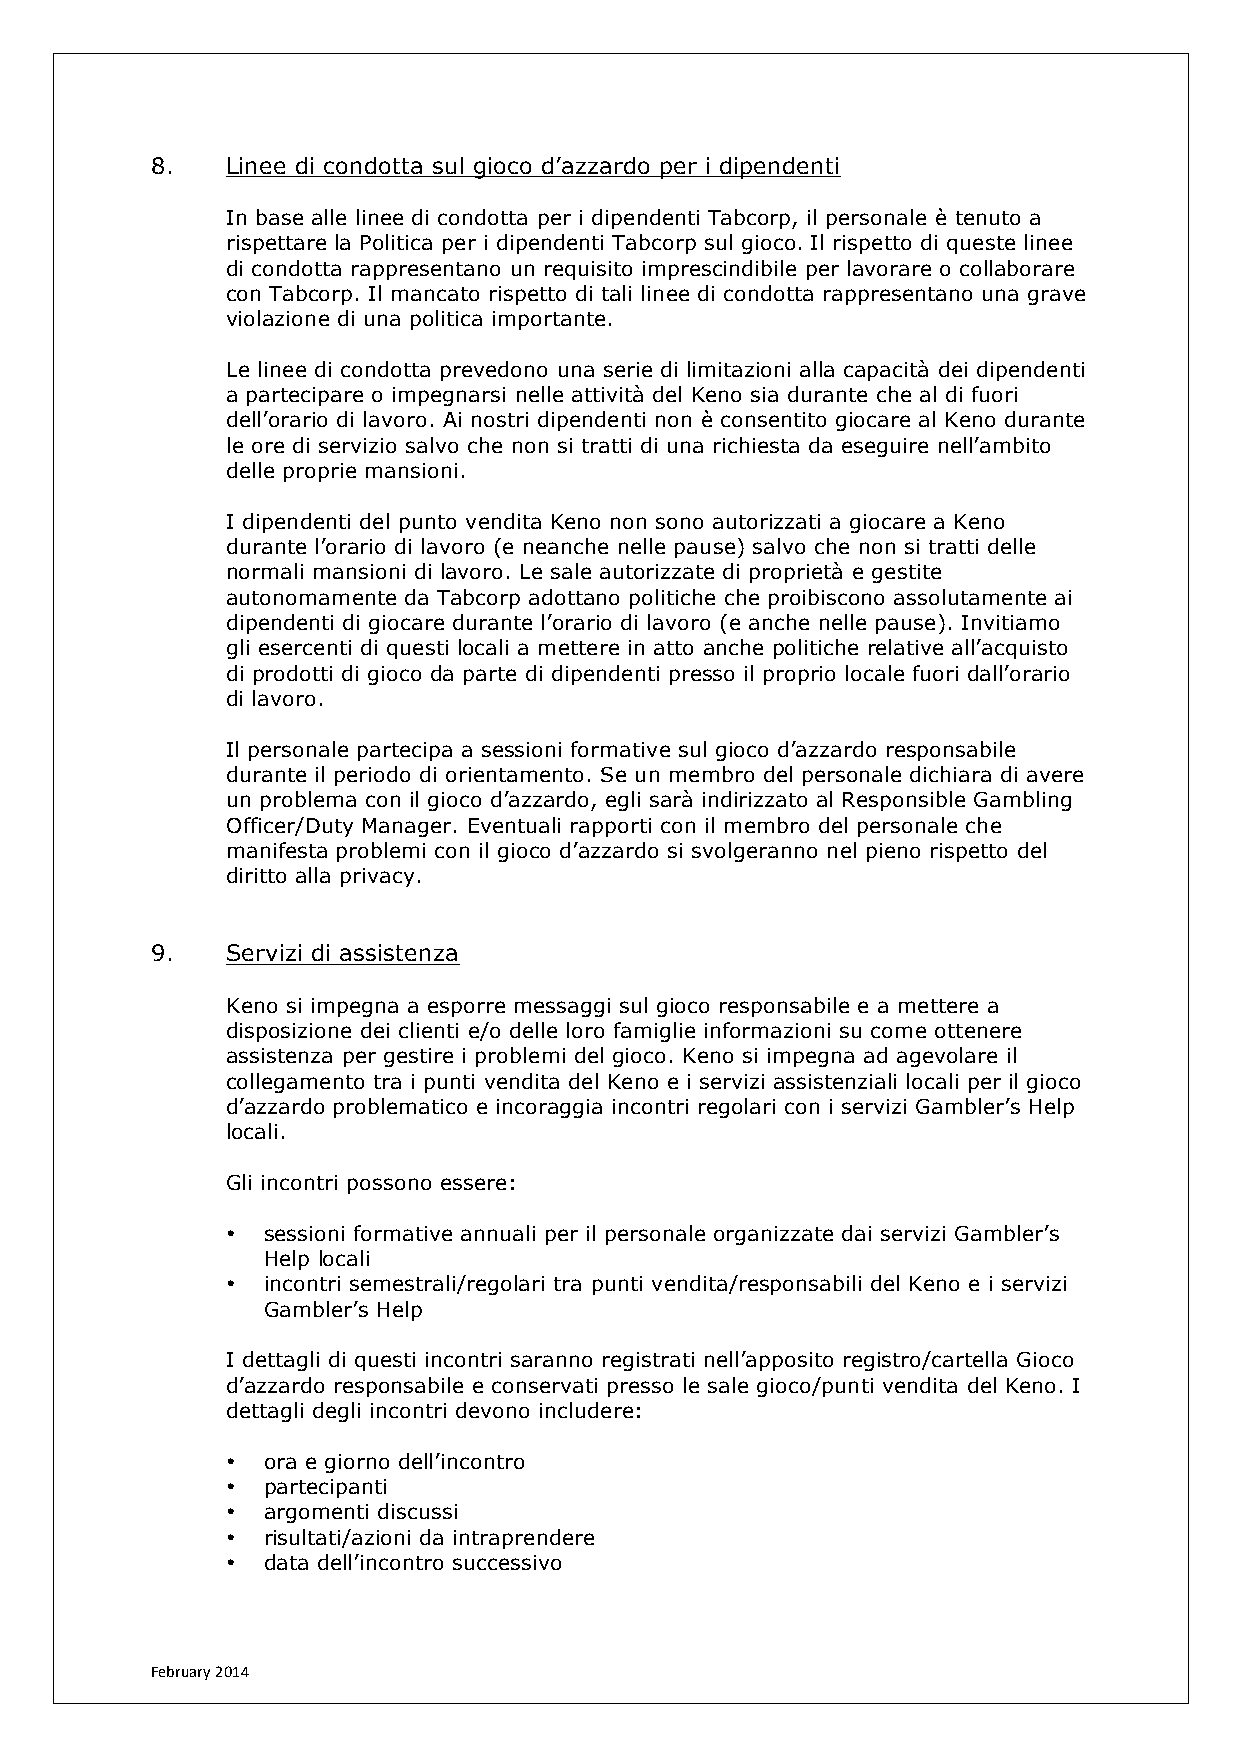
8.   Linee di condotta sul gioco d’azzardo per i dipendenti
 In base alle linee di condotta per i dipendenti Tabcorp, il personale è tenuto a
 rispettare la Politica per i dipendenti Tabcorp sul gioco. Il rispetto di queste linee
 di condotta rappresentano un requisito imprescindibile per lavorare o collaborare
 con Tabcorp. Il mancato rispetto di tali linee di condotta rappresentano una grave
 violazione di una politica importante.
 Le linee di condotta prevedono una serie di limitazioni alla capacità dei dipendenti
 a partecipare o impegnarsi nelle attività del Keno sia durante che al di fuori
 dell’orario di lavoro. Ai nostri dipendenti non è consentito giocare al Keno durante
 le ore di servizio salvo che non si tratti di una richiesta da eseguire nell’ambito
 delle proprie mansioni.
 I dipendenti del punto vendita Keno non sono autorizzati a giocare a Keno
 durante l’orario di lavoro (e neanche nelle pause) salvo che non si tratti delle
 normali mansioni di lavoro. Le sale autorizzate di proprietà e gestite
 autonomamente da Tabcorp adottano politiche che proibiscono assolutamente ai
 dipendenti di giocare durante l’orario di lavoro (e anche nelle pause). Invitiamo
 gli esercenti di questi locali a mettere in atto anche politiche relative all’acquisto
 di prodotti di gioco da parte di dipendenti presso il proprio locale fuori dall’orario
 di lavoro.
 Il personale partecipa a sessioni formative sul gioco d’azzardo responsabile
 durante il periodo di orientamento. Se un membro del personale dichiara di avere
 un problema con il gioco d’azzardo, egli sarà indirizzato al Responsible Gambling
 Officer/Duty Manager. Eventuali rapporti con il membro del personale che
 manifesta problemi con il gioco d’azzardo si svolgeranno nel pieno rispetto del
 diritto alla privacy.
 9.   Servizi di assistenza
 Keno si impegna a esporre messaggi sul gioco responsabile e a mettere a
 disposizione dei clienti e/o delle loro famiglie informazioni su come ottenere
 assistenza per gestire i problemi del gioco. Keno si impegna ad agevolare il
 collegamento tra i punti vendita del Keno e i servizi assistenziali locali per il gioco
 d’azzardo problematico e incoraggia incontri regolari con i servizi Gambler’s Help
 locali.
 Gli incontri possono essere:
 • sessioni formative annuali per il personale organizzate dai servizi Gambler’s
 Help locali
 • incontri semestrali/regolari tra punti vendita/responsabili del Keno e i servizi
 Gambler’s Help
 I dettagli di questi incontri saranno registrati nell’apposito registro/cartella Gioco
 d’azzardo responsabile e conservati presso le sale gioco/punti vendita del Keno. I
 dettagli degli incontri devono includere:
 • ora e giorno dell’incontro
 • partecipanti
 • argomenti discussi
 • risultati/azioni da intraprendere
 • data dell’incontro successivo
 February 2014